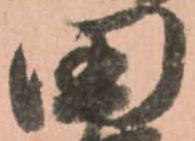
田